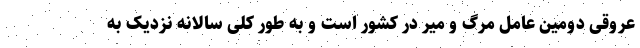
عروقی دومین عامل مرگ و میر در کشور است و به طور کلی سالانه نزدیک به